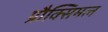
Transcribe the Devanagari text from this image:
प्रौक्सिमल